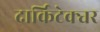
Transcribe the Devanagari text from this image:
दार्किटेक्चर